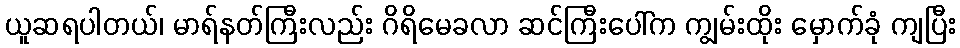
ယူဆရပါတယ်၊ မာရ်နတ်ကြီးလည်း ဂိရိမေခလာ ဆင်ကြီးပေါ်က ကျွမ်းထိုး မှောက်ခုံ ကျပြီး